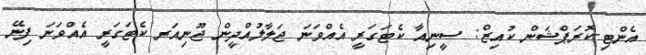
އެންޓި-ކޮރަޕްޝަން ކުއިޒް: ސީނިއާ ކެޓަގަރީ އެއްވަނަ ޖަލާލުއްދީން ޖޫނިއަރ ކެޓަގަރީ އެއްވަނަ ފިނޭ